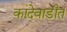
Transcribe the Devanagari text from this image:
कांदेवाडीत